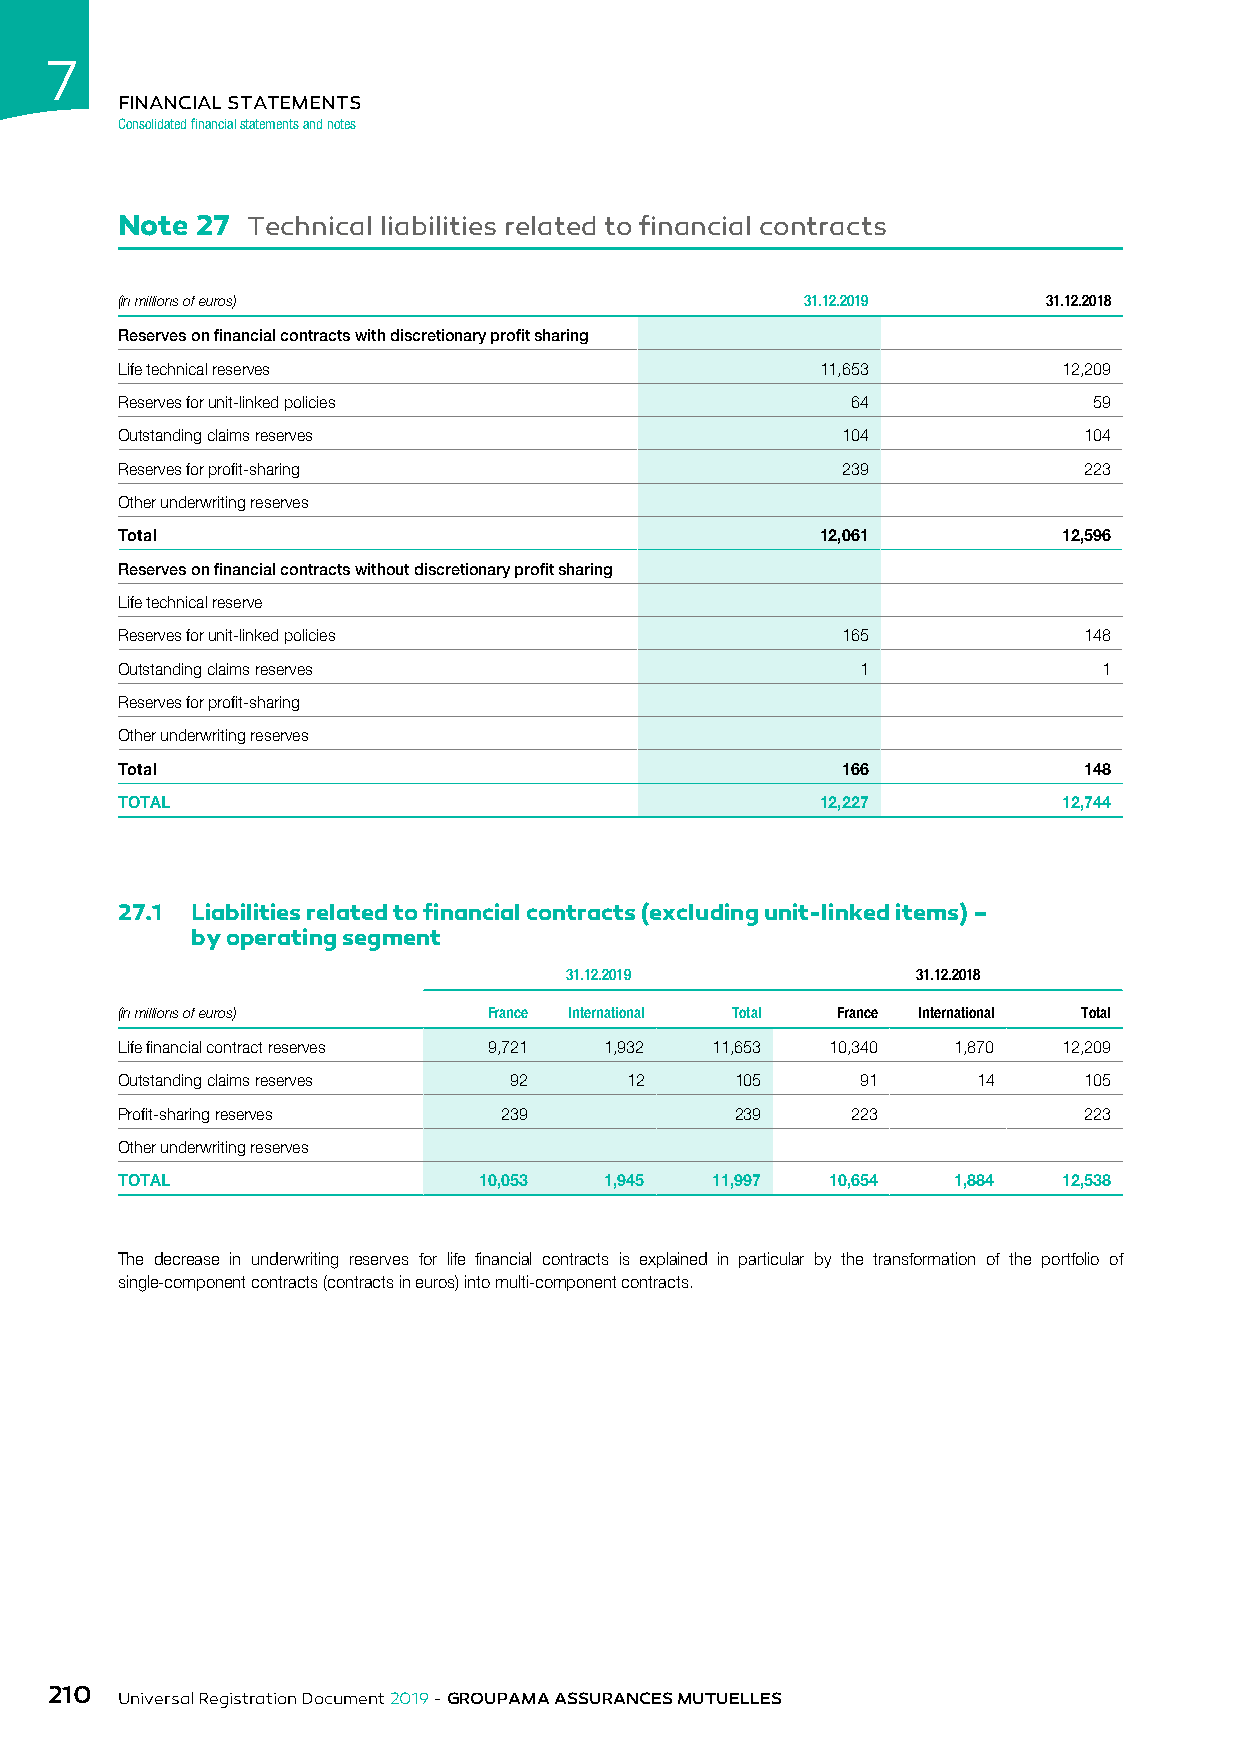
7
 FINANCIAL STATEMENTS
 Consolidated financial statements and notes
 Note 27 Technical liabilities related to financial contracts
 (in millions of euros)                       31.12.2019      31.12.2018
 Reserves on financial contracts with discretionary profit sharing
 Life technical reserves                       11,653          12,209
 Reserves for unit-linked policies               64              59
 Outstanding claims reserves                     104             104
 Reserves for profit-sharing                     239             223
 Other underwriting reserves
 Total                                         12,061          12,596
 Reserves on financial contracts without discretionary profit sharing
 Life technical reserve
 Reserves for unit-linked policies               165             148
 Outstanding claims reserves                      1               1
 Reserves for profit-sharing
 Other underwriting reserves
 Total                                           166             148
 TOTAL                                         12,227          12,744
 27.1 Liabilities related to financial contracts (excluding unit-linked items) –
 by operating segment
 31.12.2019              31.12.2018
 (in millions of euros)  France International Total France International Total
 Life financial contract reserves 9,721 1,932 11,653 10,340 1,870 12,209
 Outstanding claims reserves 92   12      105     91      14     105
 Profit-sharing reserves  239             239    223             223
 Other underwriting reserves
 TOTAL                   10,053  1,945  11,997  10,654  1,884  12,538
 The decrease in underwriting reserves for life financial contracts is explained in particular by the transformation of the portfolio of
 single-component contracts (contracts in euros) into multi-component contracts.
 210
 Universal Registration Document 2019 - GROUPAMA ASSURANCES MUTUELLES